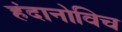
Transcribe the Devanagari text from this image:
हंदानोविच